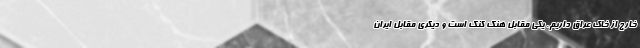
خارج از خاک عراق داریم. یکی مقابل هنگ کنگ است و دیگری مقابل ایران